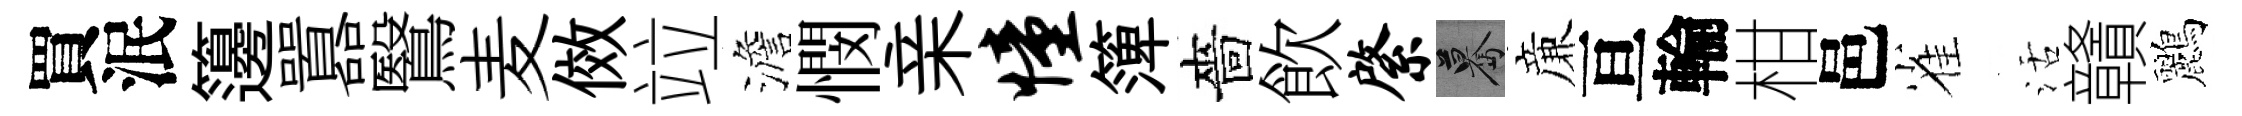
買泯籩囂鷖麦傚竝澹憫亲憧𥱼嗇飲綮驀亷亘輪柑邑雀活贛鸝